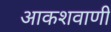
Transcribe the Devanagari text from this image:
आकशवाणी